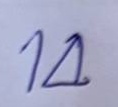
14